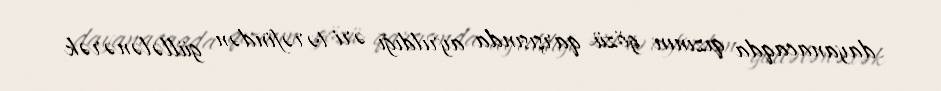
dayanacaqda qızının gözü qarşısında ayrıldığı əri tərəfindən güllələnərək